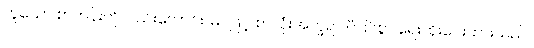
ဟူသော စာတန်းကိုလည်းကောင်း၊ မင်ဖြင့် စာလုံးအက္ခရာ ပီပြင်စွာ ရေးထိုးပေးထားသည်။